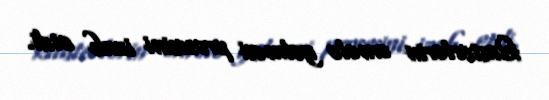
klasterlərin əmələ gəlməsi prosesini izah etdi.